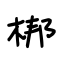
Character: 梆